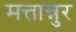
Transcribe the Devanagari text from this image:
मत्तान्नुर